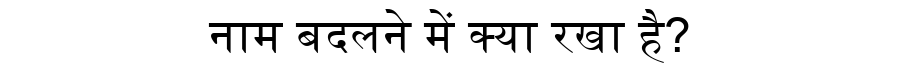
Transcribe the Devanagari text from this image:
नाम बदलने में क्या रखा है?